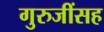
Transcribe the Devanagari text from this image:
गुरुजींसह